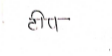
मजकूर: टीप